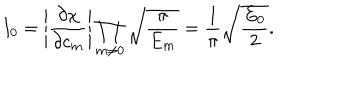
I _ { 0 } = \left| \frac { \partial \chi } { \partial c _ { m } } \right| \prod _ { m \neq 0 } \sqrt { \frac { \pi } { E _ { m } } } = \frac { 1 } { \pi } \sqrt { \frac { E _ { 0 } } { 2 } } .